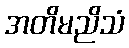
အတိမညိသံ